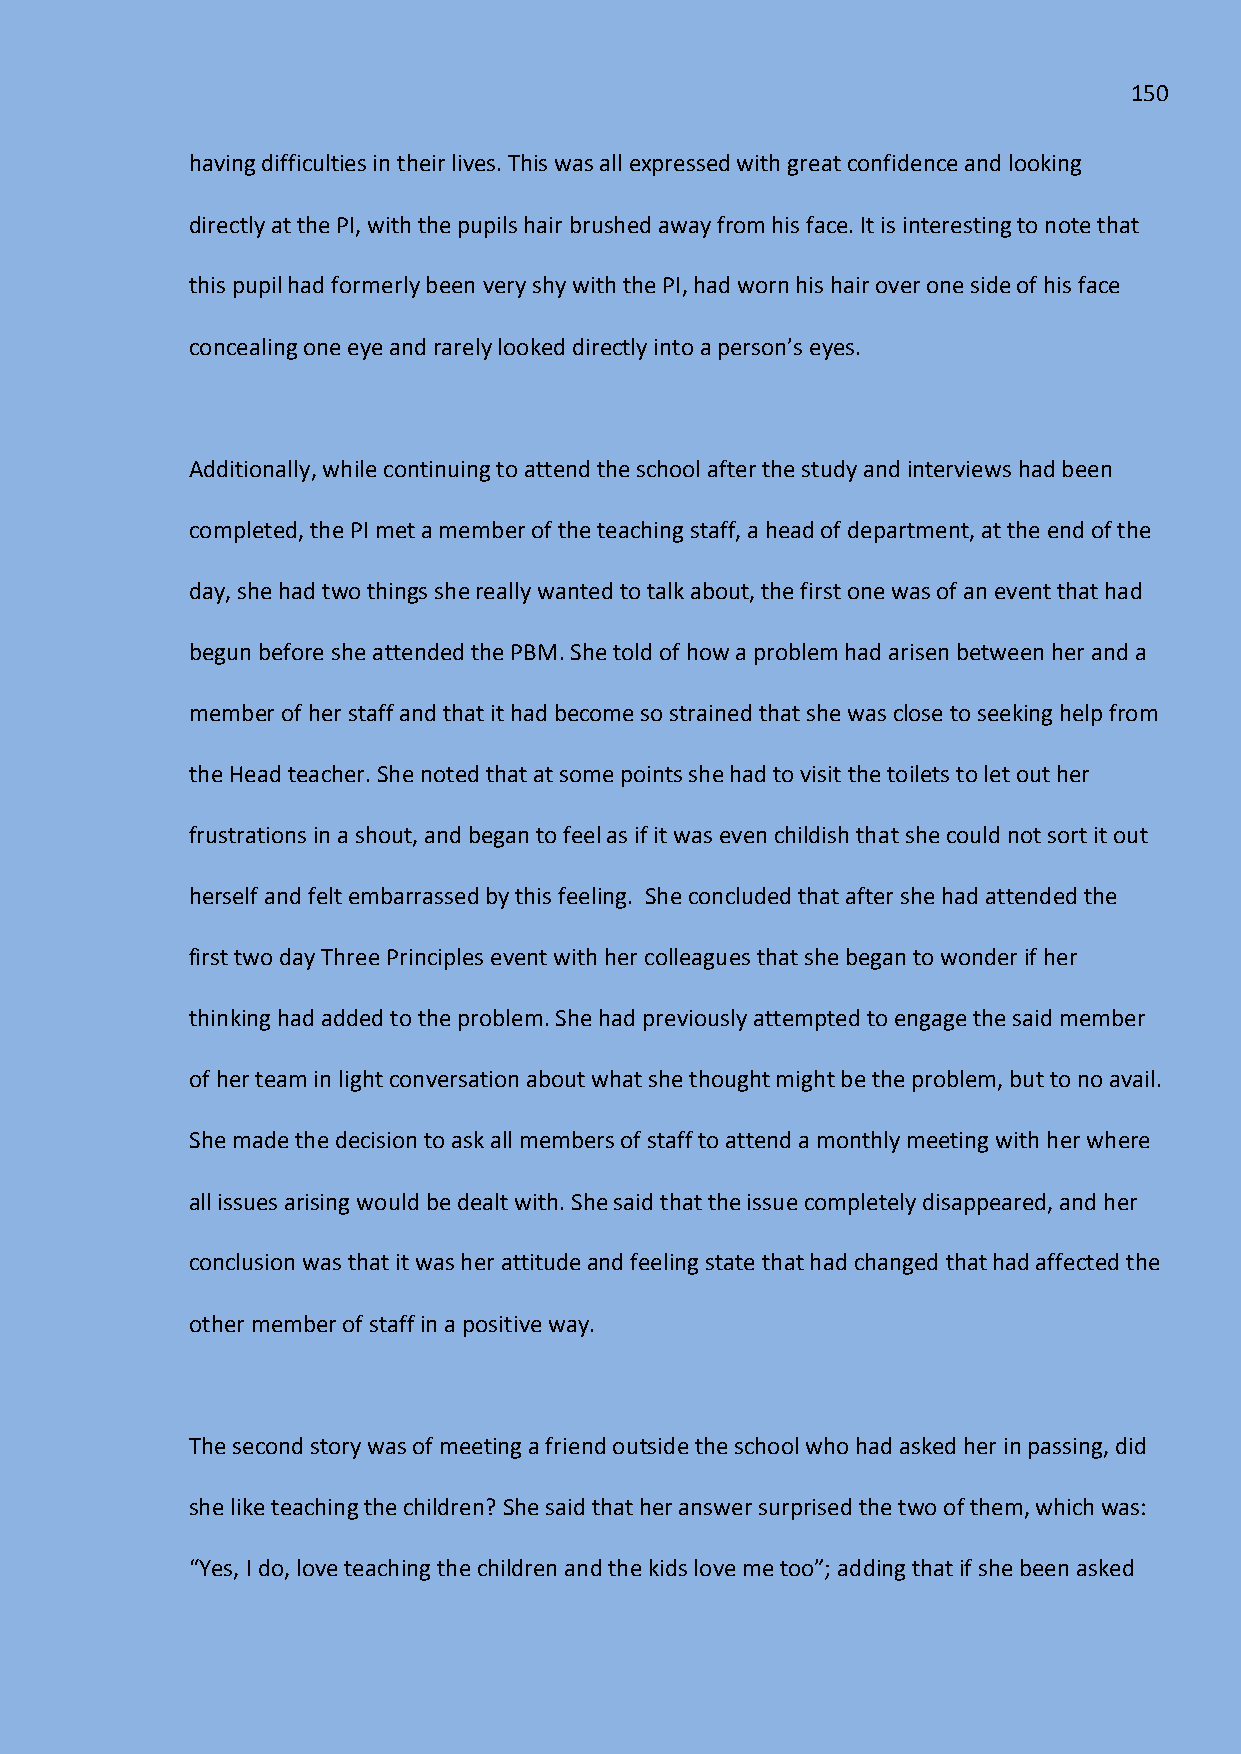
150
 having difficulties in their lives. This was all expressed with great confidence and looking
 directly at the PI, with the pupils hair brushed away from his face. It is interesting to note that
 this pupil had formerly been very shy with the PI, had worn his hair over one side of his face
 concealing one eye and rarely looked directly into a person’s eyes.
 Additionally, while continuing to attend the school after the study and interviews had been
 completed, the PI met a member of the teaching staff, a head of department, at the end of the
 day, she had two things she really wanted to talk about, the first one was of an event that had
 begun before she attended the PBM. She told of how a problem had arisen between her and a
 member of her staff and that it had become so strained that she was close to seeking help from
 the Head teacher. She noted that at some points she had to visit the toilets to let out her
 frustrations in a shout, and began to feel as if it was even childish that she could not sort it out
 herself and felt embarrassed by this feeling. She concluded that after she had attended the
 first two day Three Principles event with her colleagues that she began to wonder if her
 thinking had added to the problem. She had previously attempted to engage the said member
 of her team in light conversation about what she thought might be the problem, but to no avail.
 She made the decision to ask all members of staff to attend a monthly meeting with her where
 all issues arising would be dealt with. She said that the issue completely disappeared, and her
 conclusion was that it was her attitude and feeling state that had changed that had affected the
 other member of staff in a positive way.
 The second story was of meeting a friend outside the school who had asked her in passing, did
 she like teaching the children? She said that her answer surprised the two of them, which was:
 “Yes, I do, love teaching the children and the kids love me too”; adding that if she been asked